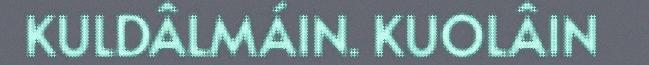
KULDÂLMÁIN. KUOLÂIN